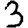
Digit: 3